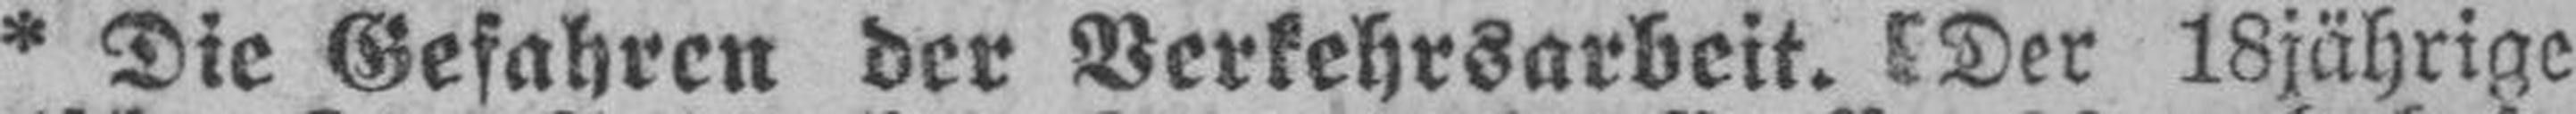
* Die Gefahren der Verkehrsarbeit. Der 18jährige